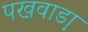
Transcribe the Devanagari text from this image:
पखवाडा़